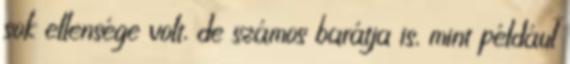
sok ellensége volt, de számos barátja is, mint például